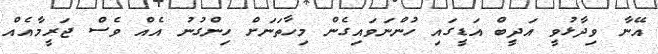
އޭނާ ވިދާޅުވީ އަދީބް އަޑީގައި ހުންނަވައިގެން މިހާތަނަށް ހިންގުނު އެއް ވެސް ޖަރީމާއެއް